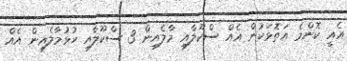
އެއީ ކޮންމެ އަތޮޅަކުން އެއް ސްކޫލާއި މާލެއިން 3 ސްކޫލާއި ހުޅުމާލެއިން އެއް